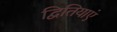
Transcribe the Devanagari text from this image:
द्वितियाएं